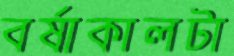
বর্ষাকালটা